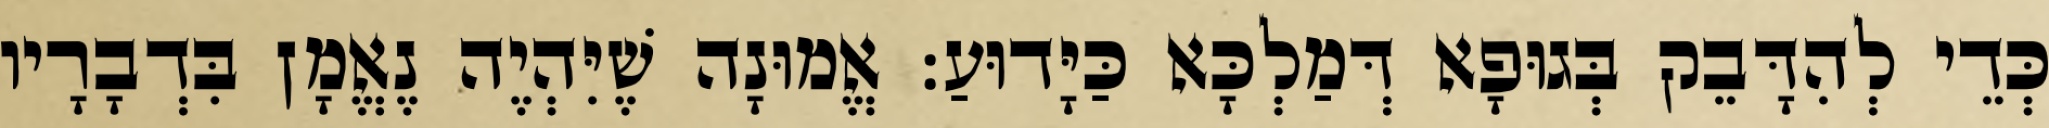
כְּדֵי לְהִדָּבֵק בְּגוּפָא דְּמַלְכָּא כַּיָּדוּעַ: אֱמוּנָה שֶׁיִּהְיֶה נֶאֱמָן בִּדְבָרָיו